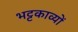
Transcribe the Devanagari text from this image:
भट्टकाव्यों